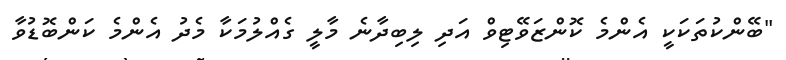
"ބޭންކުތަކަކީ އެންމެ ކޮންޒަވޭޓިވް އަދި ލިބިދާނެ މާލީ ގެއްލުމަކާ މެދު އެންމެ ކަންބޮޑުވާ